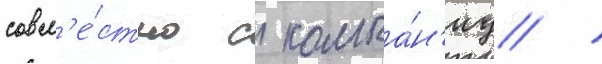
совм'е́стно с компа́н'иу /